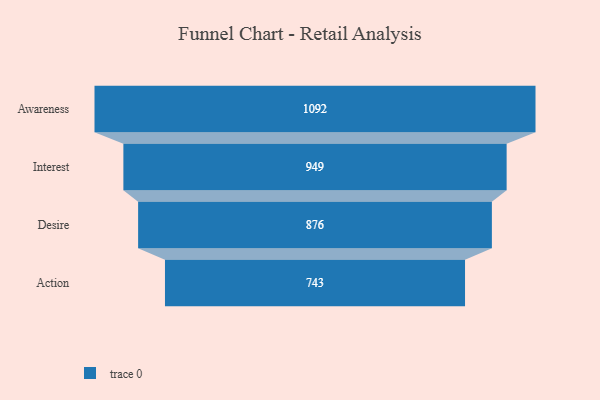
{"axis": {"x": "Stage", "y": "Value"}, "legend": [""], "data": [{"x": "Awareness", "y": 1092.0, "type": ""}, {"x": "Interest", "y": 949.0, "type": ""}, {"x": "Desire", "y": 876.0, "type": ""}, {"x": "Action", "y": 743.0, "type": ""}]}